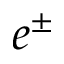
e ^ { \pm }